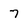
Character: 7